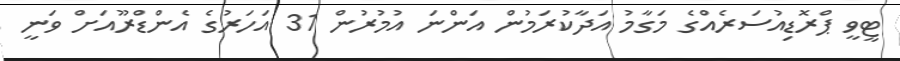
ޓީވީ ޕްރޮޑިއުސަރެއްގެ މަގާމު އަދާކުރަމުން އަންނަ އުމުރުން 31 އަހަރުގެ އެންޑްރޫއަށް ވަނީ